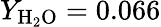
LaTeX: Y_{\mathrm{H_{2}O}}=0.066